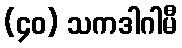
(၄၀) သကဒါဂါမီ